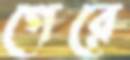
গেরে